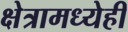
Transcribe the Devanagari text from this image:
क्षेत्रामध्येही